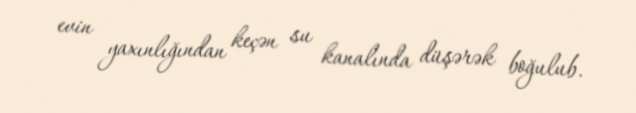
evin yaxınlığından keçən su kanalında düşərək boğulub.